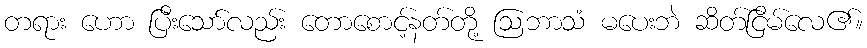
တရား ဟော ပြီးသော်လည်း တောစောင့်နတ်တို့ ဩဘာသံ မပေးဘဲ ဆိတ်ငြိမ်လေ၏။